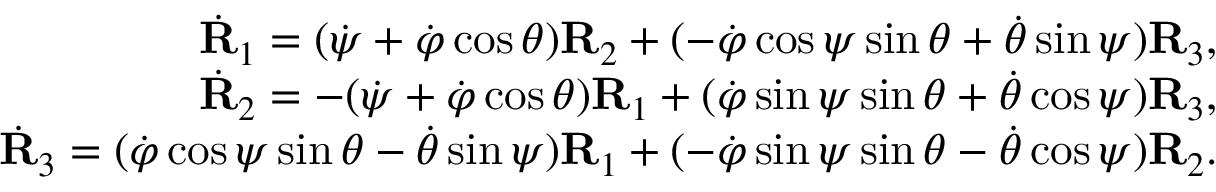
\begin{array} { r } { \dot { \bf R } _ { 1 } = ( \dot { \psi } + \dot { \varphi } \cos \theta ) { \bf R } _ { 2 } + ( - \dot { \varphi } \cos \psi \sin \theta + \dot { \theta } \sin \psi ) { \bf R } _ { 3 } , } \\ { \dot { \bf R } _ { 2 } = - ( \dot { \psi } + \dot { \varphi } \cos \theta ) { \bf R } _ { 1 } + ( \dot { \varphi } \sin \psi \sin \theta + \dot { \theta } \cos \psi ) { \bf R } _ { 3 } , } \\ { \dot { \bf R } _ { 3 } = ( \dot { \varphi } \cos \psi \sin \theta - \dot { \theta } \sin \psi ) { \bf R } _ { 1 } + ( - \dot { \varphi } \sin \psi \sin \theta - \dot { \theta } \cos \psi ) { \bf R } _ { 2 } . } \end{array}